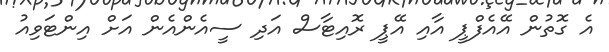
އެ ގޮތުން އޭއެފްޕީ އާއި އޭޕީ ރޮއިޓާސް އަދި ސީއެންއެން އަށް އިންޓަވިއު